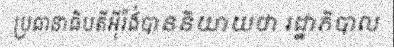
ប្រធានាធិបតីអ៊ីរ៉ង់បាននិយាយថា រដ្ឋាភិបាល